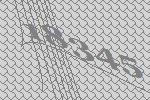
18345